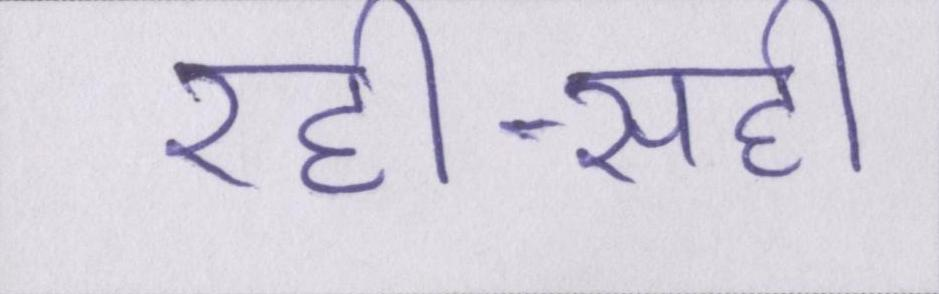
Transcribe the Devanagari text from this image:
रही-सही